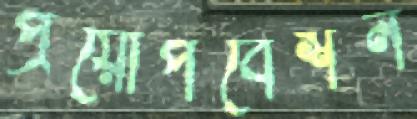
প্রয়োপবেশন